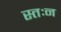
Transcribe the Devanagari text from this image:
स्तःन